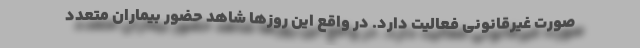
صورت غیرقانونی فعالیت دارد. در واقع این روزها شاهد حضور بیماران متعدد